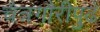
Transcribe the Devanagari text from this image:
चैत्रगौरीपुढे